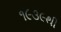
૧૯૩૯થી